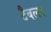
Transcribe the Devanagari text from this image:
टैबलर